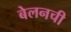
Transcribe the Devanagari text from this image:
बेलनची